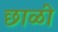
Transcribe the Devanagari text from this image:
छाळी